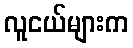
လူငယ်များက